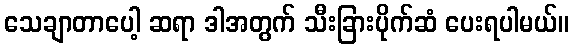
သေချာတာပေါ့ ဆရာ ဒါအတွက် သီးခြားပိုက်ဆံ ပေးရပါမယ်။